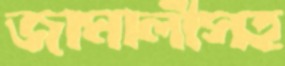
জামালীসহ